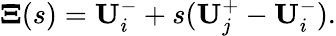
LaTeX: \mathbf{\Xi}(s)=\mathbf{U}_{i}^{-}+s(\mathbf{U}_{j}^{+}-\mathbf{U}_{i}^{-}).